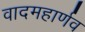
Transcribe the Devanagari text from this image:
वादमहार्णव